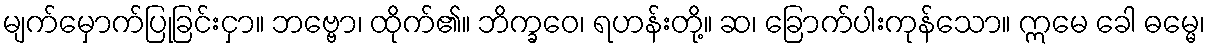
မျက်မှောက်ပြုခြင်းငှာ။ ဘဗ္ဗော၊ ထိုက်၏။ ဘိက္ခဝေ၊ ရဟန်းတို့။ ဆ၊ ခြောက်ပါးကုန်သော။ ဣမေ ခေါ ဓမ္မေ၊